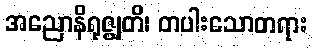
အညောနိရုဇ္ဈတိ၊ တပါးသောတရား